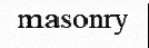
masonry